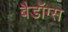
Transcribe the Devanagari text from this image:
बैडॉग्स